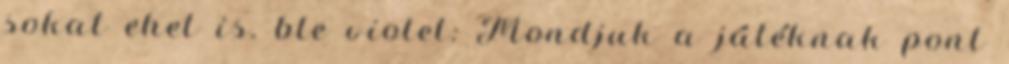
sokat ehet is. ble violet: Mondjuk a játéknak pont